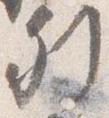
列